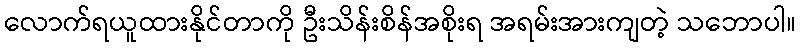
လောက်ရယူထားနိုင်တာကို ဦးသိန်းစိန်အစိုးရ အရမ်းအားကျတဲ့ သဘောပါ။